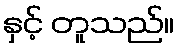
နှင့် တူသည်။